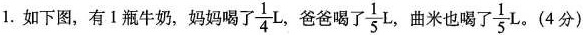
1.如下图，有1瓶牛奶，妈妈喝了 \frac{1}{4}L爸爸喝了 \frac{1}{5}L，曲米也喝了，\frac{1}{5}L（4分）